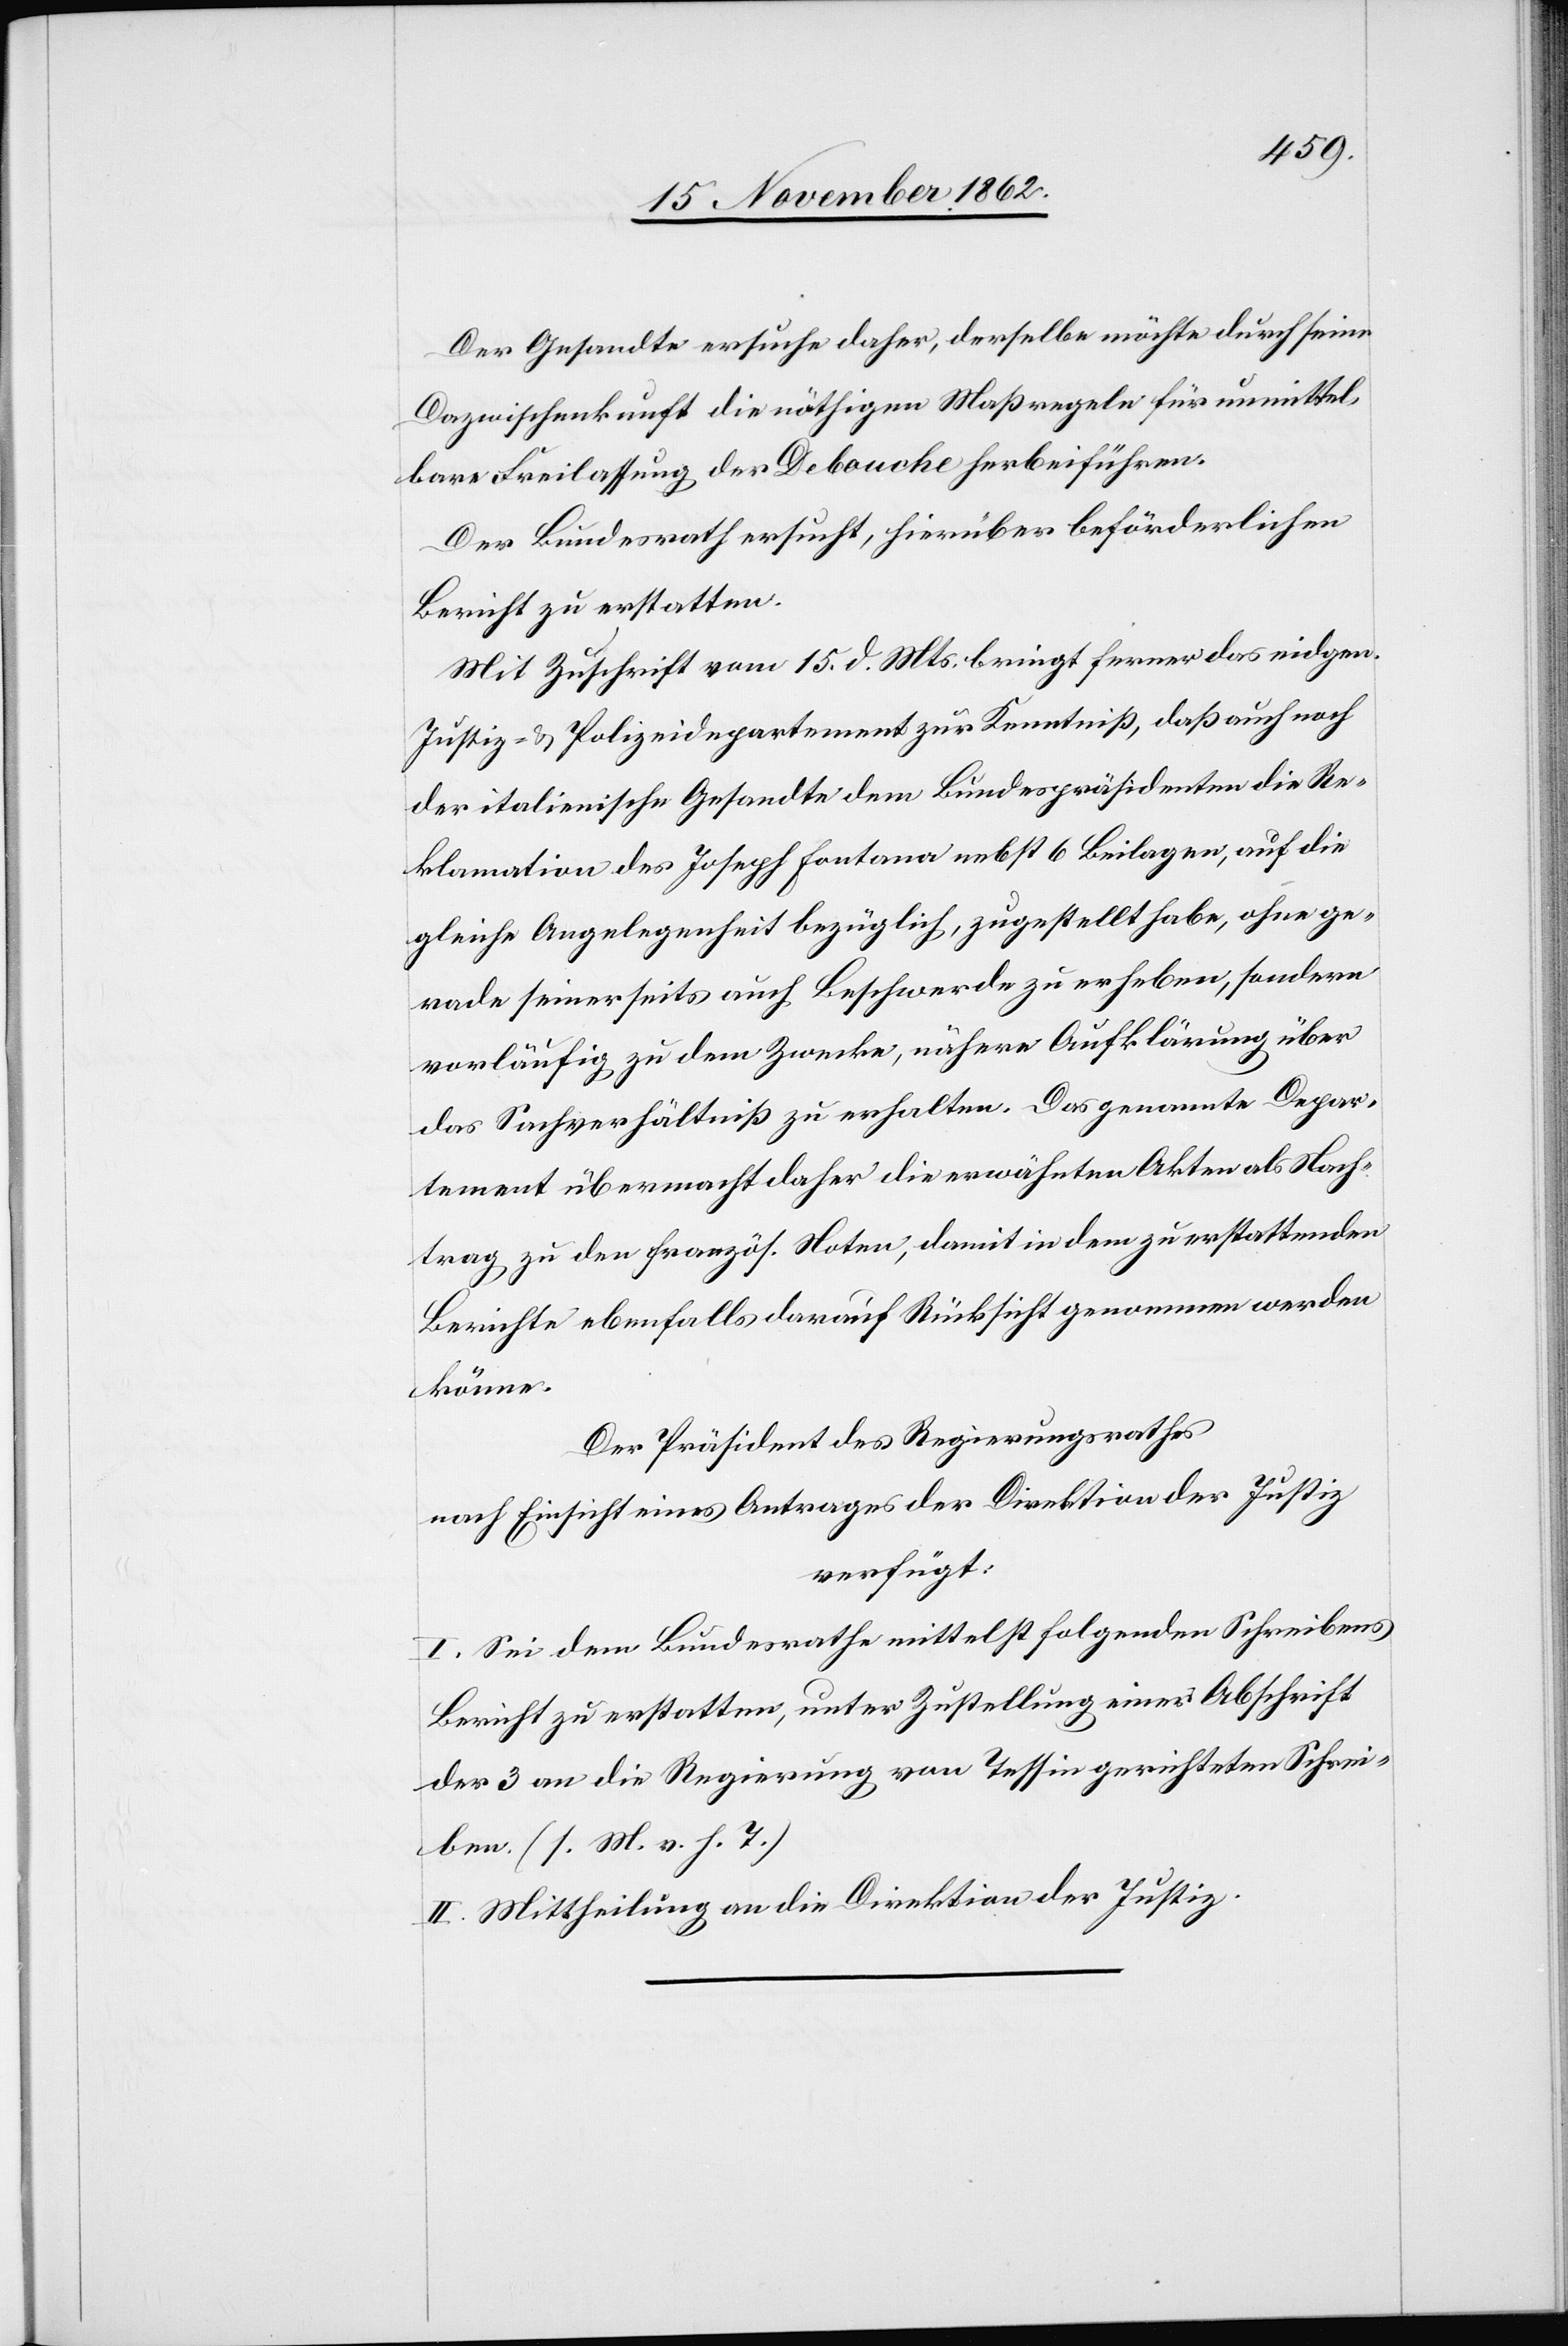
Der Gesandte ersuche daher, derselbe möchte durch seine
Dazwischenkunft die nöthigen Maßregeln für unmittel¬
bare Freilassung der Debouche herbeiführen.
Der Bundesrath ersucht, hierüber beförderlichen
Bericht zu erstatten.
Mit Zuschrift vom 15. d. Mts. bringt ferner das eidgen.
Justiz- u. Polizeidepartement zur Kenntniß, daß auch noch
der italienische Gesandte dem Bundespräsidenten die Re¬
klamation des Joseph Fontana nebst 6 Beilagen, auf die
gleiche Angelegenheit bezüglich, zugestellt habe, ohne ge¬
rade seinerseits auch Beschwerde zu erheben, sondern
vorläufig zu dem Zwecke, nähere Aufklärung über
das Sachverhältniß zu erhalten. Das genannte Depar¬
tement übermacht daher die erwähnten Akten als Nach¬
trag zu den französ. Noten, damit in dem zu erstattenden
Berichte ebenfalls darauf Rücksicht genommen werden
könne.
Der Präsident des Regierungsrathes
nach Einsicht eines Antrages der Direktion der Justiz
verfügt
I. Sei dem Bundesrathe mittelst folgenden Schreibens
Bericht zu erstatten, unter Zustellung einer Abschrift
der 3 an die Regierung von Tessin gerichteten Schrei¬
ben (s. M. v. h. T.)
II. Mittheilung an die Direktion der Justiz.